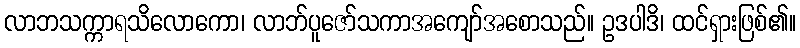
လာဘသက္ကာရသိလောကော၊ လာဘ်ပူဇော်သကာအကျော်အစောသည်။ ဥဒပါဒိ၊ ထင်ရှားဖြစ်၏။